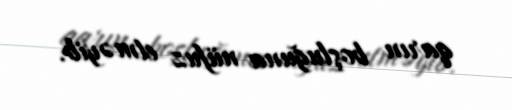
qarın boşluğuna nüfuz etməyib.